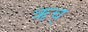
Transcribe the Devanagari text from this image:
ऋच्‌